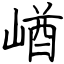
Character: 崷